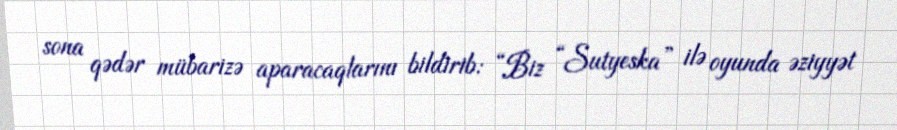
sona qədər mübarizə aparacaqlarını bildirib: “Biz “Sutyeska” ilə oyunda əziyyət